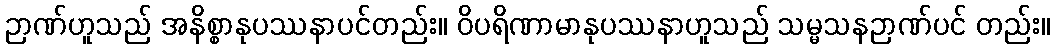
ဉာဏ်ဟူသည် အနိစ္စာနုပဿနာပင်တည်း။ ဝိပရိဏာမာနုပဿနာဟူသည် သမ္မသနဉာဏ်ပင် တည်း။